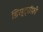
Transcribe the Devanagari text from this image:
डिस्ट्रॉफ़ी